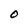
Character: O